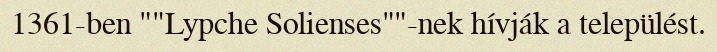
1361-ben ""Lypche Solienses""-nek hívják a települést.